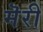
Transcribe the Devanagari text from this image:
मॆरी